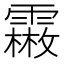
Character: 𩅤